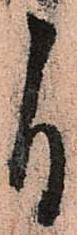
自